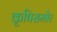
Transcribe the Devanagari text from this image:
कृषिसमोर